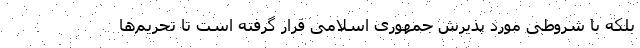
بلکه با شروطی مورد پذیرش جمهوری اسلامی قرار گرفته است تا تحریم‌ها